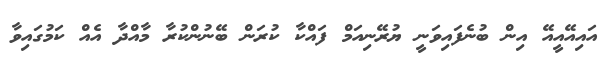
އައިއޭއީއޭ އިން ބުނެފައިވަނީ ޔުރޭނިއަމް ފައްކާ ކުރަން ބޭނުންކުރާ މާއްދާ އެއް ކަމުގައިވާ